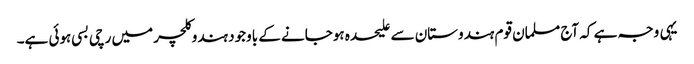
یہی وجہ ہے کہ آج مسلمان قوم ہندوستان سے علیحدہ ہوجانے کے باوجود ہندوکلچر میں رچی بسی ہوئی ہے۔